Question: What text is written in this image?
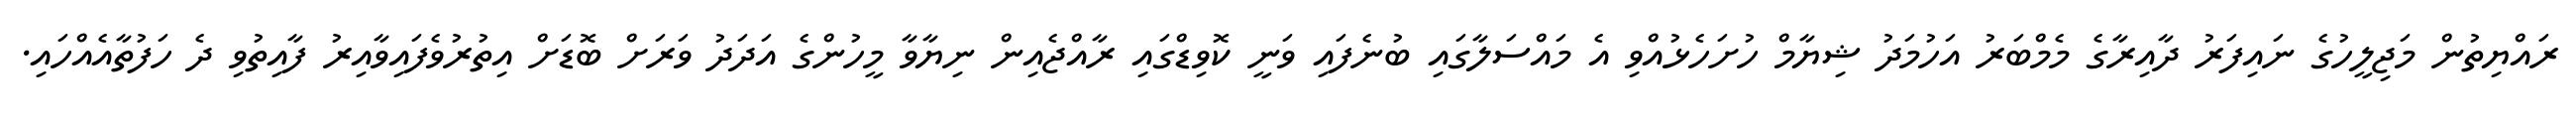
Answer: ރައްޔިތުން މަޖިލީހުގެ ނައިފަރު ދާއިރާގެ މެމްބަރު އަހުމަދު ޝިޔާމް ހުށަހެޅުއްވި އެ މައްސަލާގައި ބުނެފައި ވަނީ ކޮވިޑްގައި ރާއްޖެއިން ނިޔާވާ މީހުންގެ އަދަދު ވަރަށް ބޮޑަށް އިތުރުވެފައިވާއިރު ފާއިތުވި ދެ ހަފުތާއެއްހައި.